Karksi_vallavalitsus, lk 13
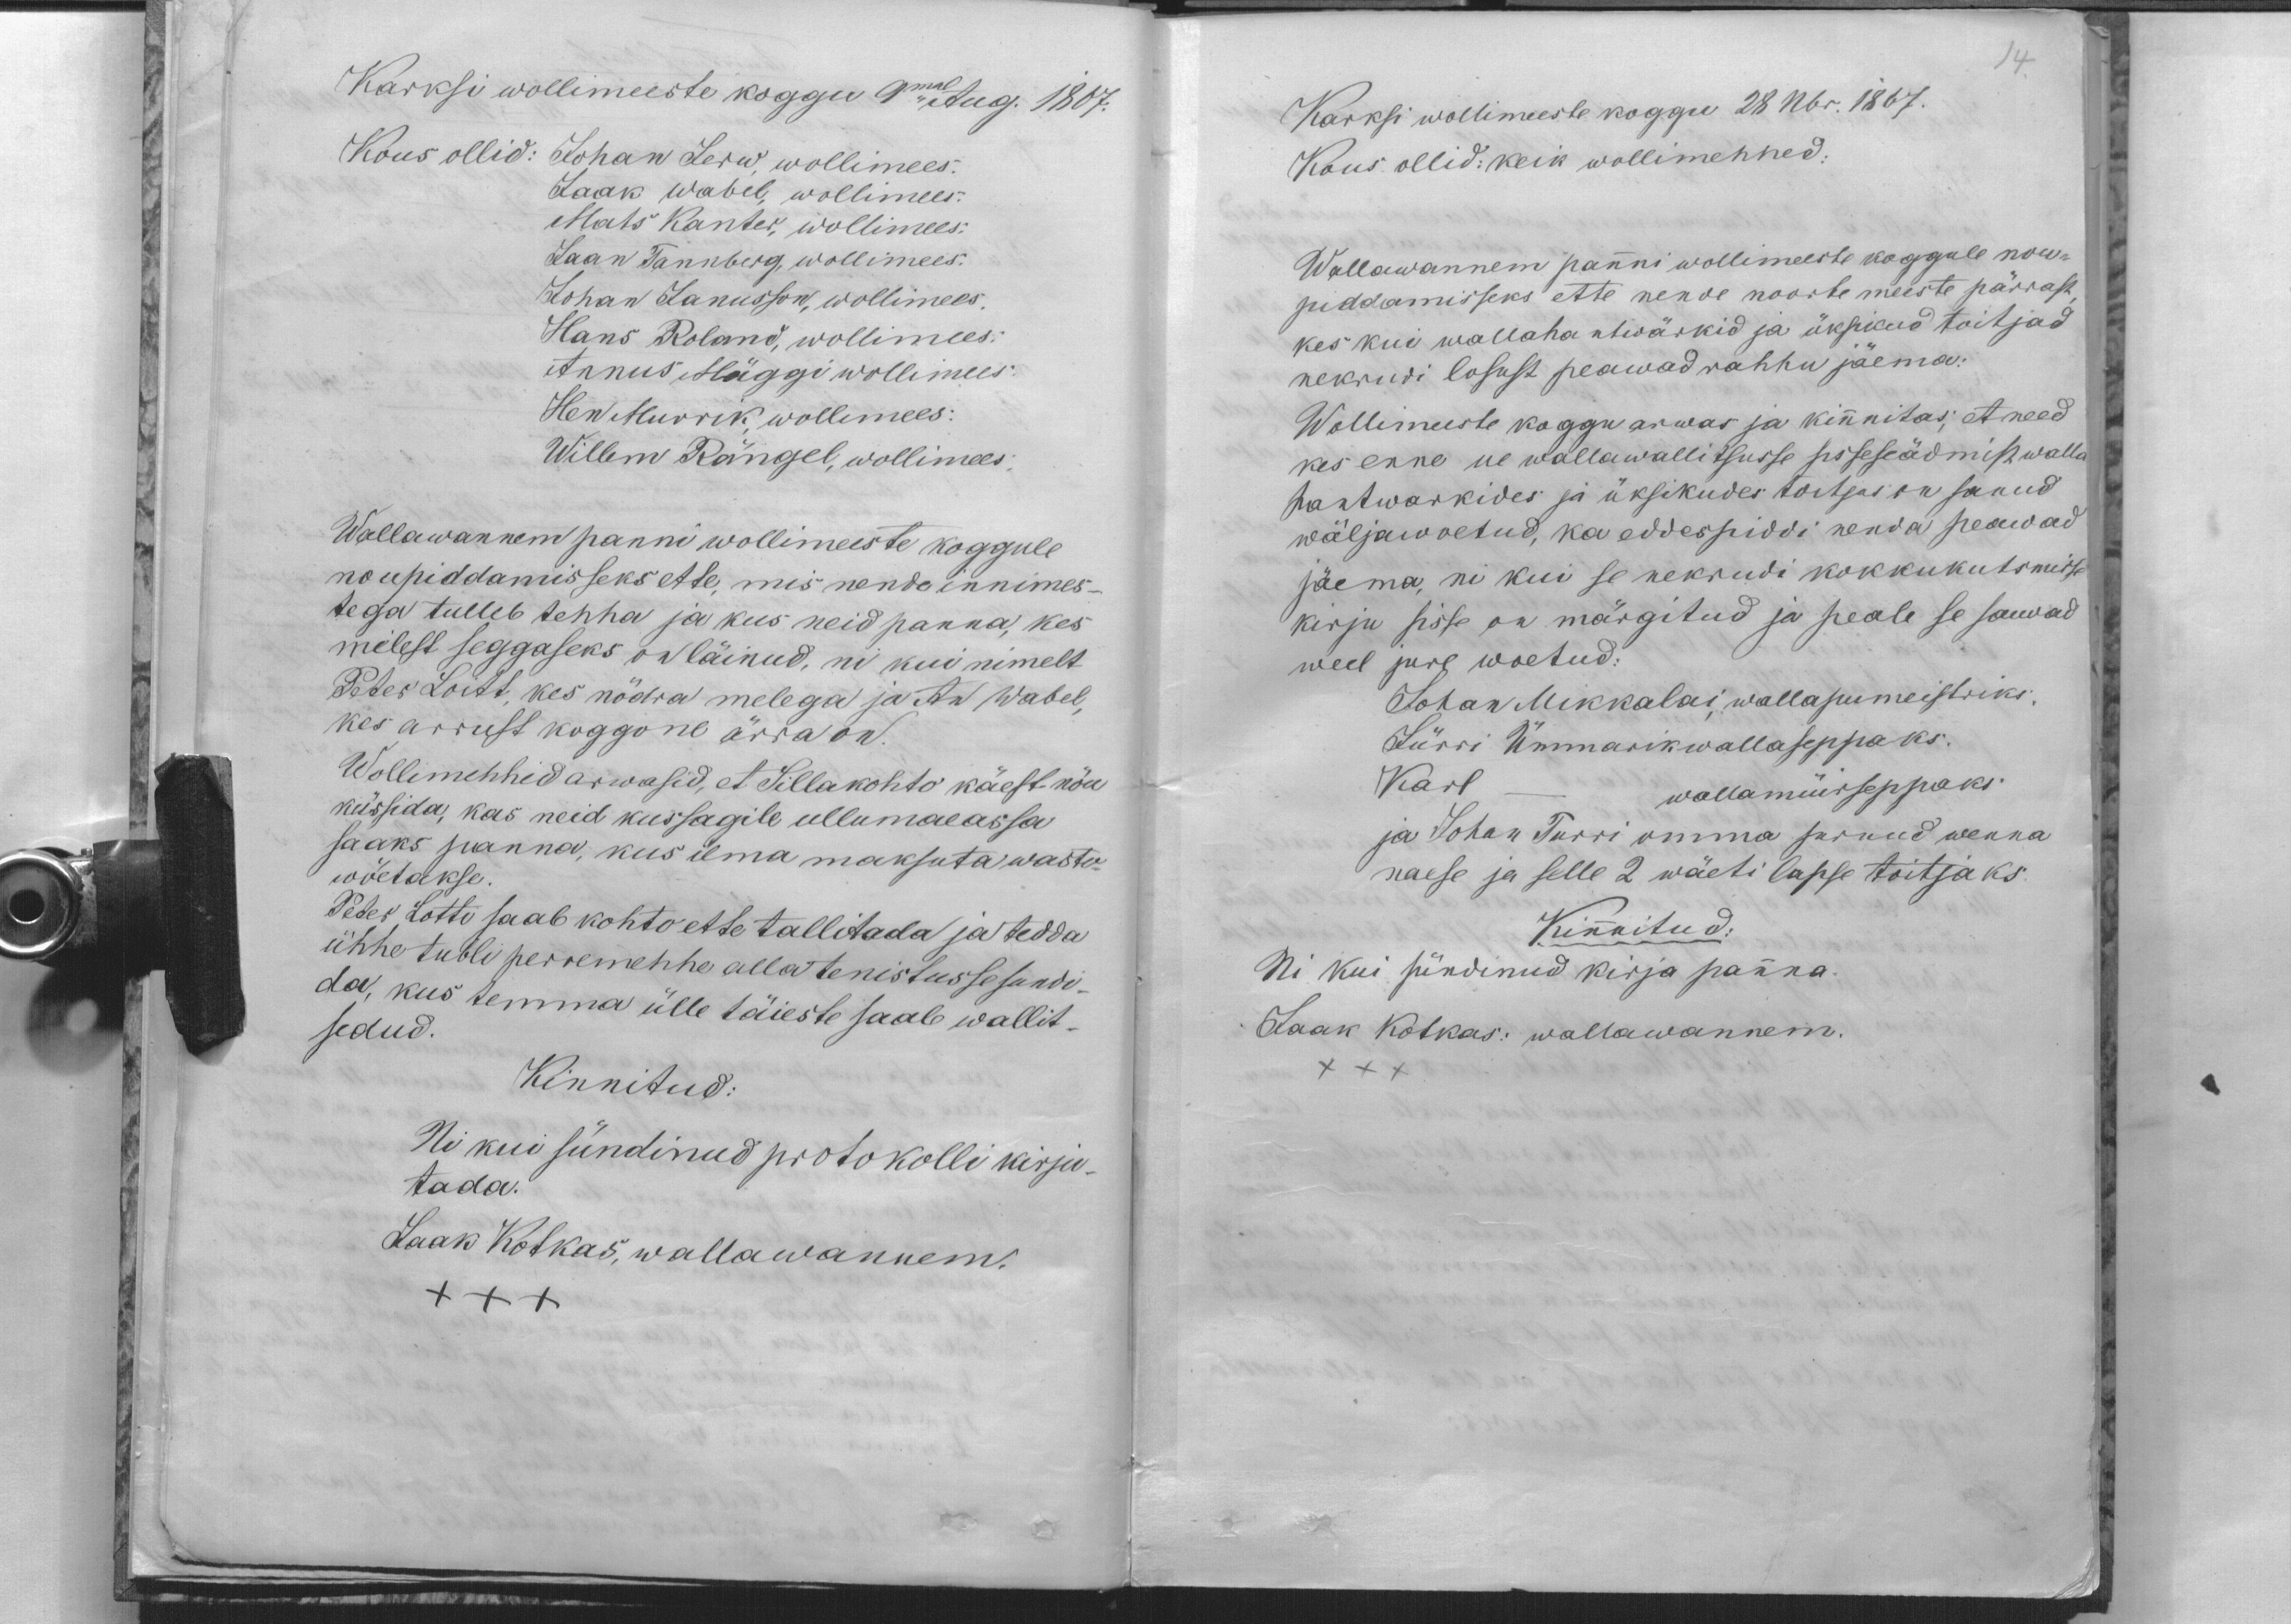
Karksi wollimeeste koggu 9mal Aug. 1867.
Kous ollid: Johan Jerw, wollimees.
Jaak Wabel, wollimees.
Mats Kanter, wollimees.
Jaan Tannberg, wollimees.
Johan Janusson, wollimees.
Hans Roland, wollimees.
Annus Mäggi wollimees.
Hen Murrik wollimees:
Willem Rängel, wollimees.
Wallawannem panni wollimeeste koggule
noupiddamisseks ette, mis nende innimes-
tega tulleb tehha ja kus neid panna, kes
melest seggaseks on läinud, nii kui nimelt
Peter Loitt, kes nõdra melega ja An Wabel,
kes arrust koggone ärra on.
Wollimehhed arwasid, et Sillakohto käest nõu
küssida, kas neid kussagile ullumaeassa
saaks panna, kus ilma maksuta wasto-
wõetakse.
Peter Lotti saab kohto ette tallitada ja tedda
ühhe tubli perremehhe alla tenistusse sundi-
da, kus temma ülle täieste saab wallit-
sedud.
Kinnitud:
Ni kui sündinud protokolli kirju-
tada.
Jaak Kotkas, wallawannem.
XXX

14.
Karksi wollimeeste koggu 28 Nbr. 1867.
Kous ollid: keik wollimehhed:
Wallawannem panni wollimeeste koggule nou-
piddamisseks ette nende noorte meeste pärrast,
kes kui wallahantiwärkid ja üksikud toitjad
nekrudi losust peawad rahhu jäema:
Wollimeeste koggu arwas ja kinnitas, et need
kes enne ue wallawallitsusse sisseseädmist walla
hantwarkides ja üksikudes toitjas on sanud
wäljawoetud, ka eddespiddi nenda peawad
jäema, ni kui se nekrudi kokkukutsmisse
kirju sisse on märgitud ja peale se sawad
weel jure woetud:
Johan Mikkalai, wallapumeistriks.
Jürri Ümmarik wallaseppaks.
Karl - wallamüirseppaks.
ja Johan Turri omma surnud wenna
naese ja selle 2 wäeti lapse toitjaks.
Kinnitud:
Ni kui sündinud kirja panna.
Jaak Kotkas: wallawannem.
xxx